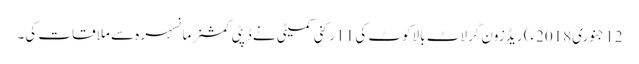
12 جنوری2018ء) ریڈ زون گرلاٹ بالاکوٹ کی 11 رکنی کمیٹی نے ڈپٹی کمشنر مانسہرہ سے ملاقات کی۔